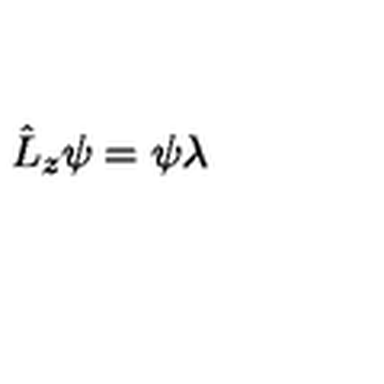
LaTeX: \hat { L } _ { z } \psi = \psi \lambda